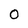
Character: 0